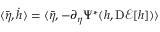
\langle \bar { \eta } , \dot { h } \rangle = \langle \bar { \eta } , - \partial _ { \eta } \Psi ^ { * } ( h , \mathrm { D } \mathcal { E } [ h ] ) \rangle